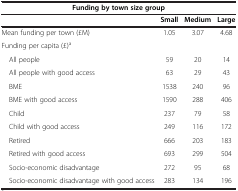
<table><thead><tr><td colspan="4"><b>Funding by town size group</b></td></tr><tr><td><b> </b></td><td><b>Small</b></td><td><b>Medium</b></td><td><b>Large</b></td></tr></thead><tbody><tr><td>Mean funding per town (£M)</td><td>1.05</td><td>3.07</td><td>4.68</td></tr><tr><td>Funding per capita (£)<sup>a</sup></td><td> </td><td> </td><td> </td></tr><tr><td> All people</td><td>59</td><td>20</td><td>14</td></tr><tr><td> All people with good access</td><td>63</td><td>29</td><td>43</td></tr><tr><td> BME</td><td>1538</td><td>240</td><td>96</td></tr><tr><td> BME with good access</td><td>1590</td><td>288</td><td>406</td></tr><tr><td> Child</td><td>237</td><td>79</td><td>58</td></tr><tr><td> Child with good access</td><td>249</td><td>116</td><td>172</td></tr><tr><td> Retired</td><td>666</td><td>203</td><td>183</td></tr><tr><td> Retired with good access</td><td>693</td><td>299</td><td>504</td></tr><tr><td> Socio-economic disadvantage</td><td>272</td><td>95</td><td>68</td></tr><tr><td> Socio-economic disadvantage with good access</td><td>283</td><td>134</td><td>196</td></tr></tbody></table>